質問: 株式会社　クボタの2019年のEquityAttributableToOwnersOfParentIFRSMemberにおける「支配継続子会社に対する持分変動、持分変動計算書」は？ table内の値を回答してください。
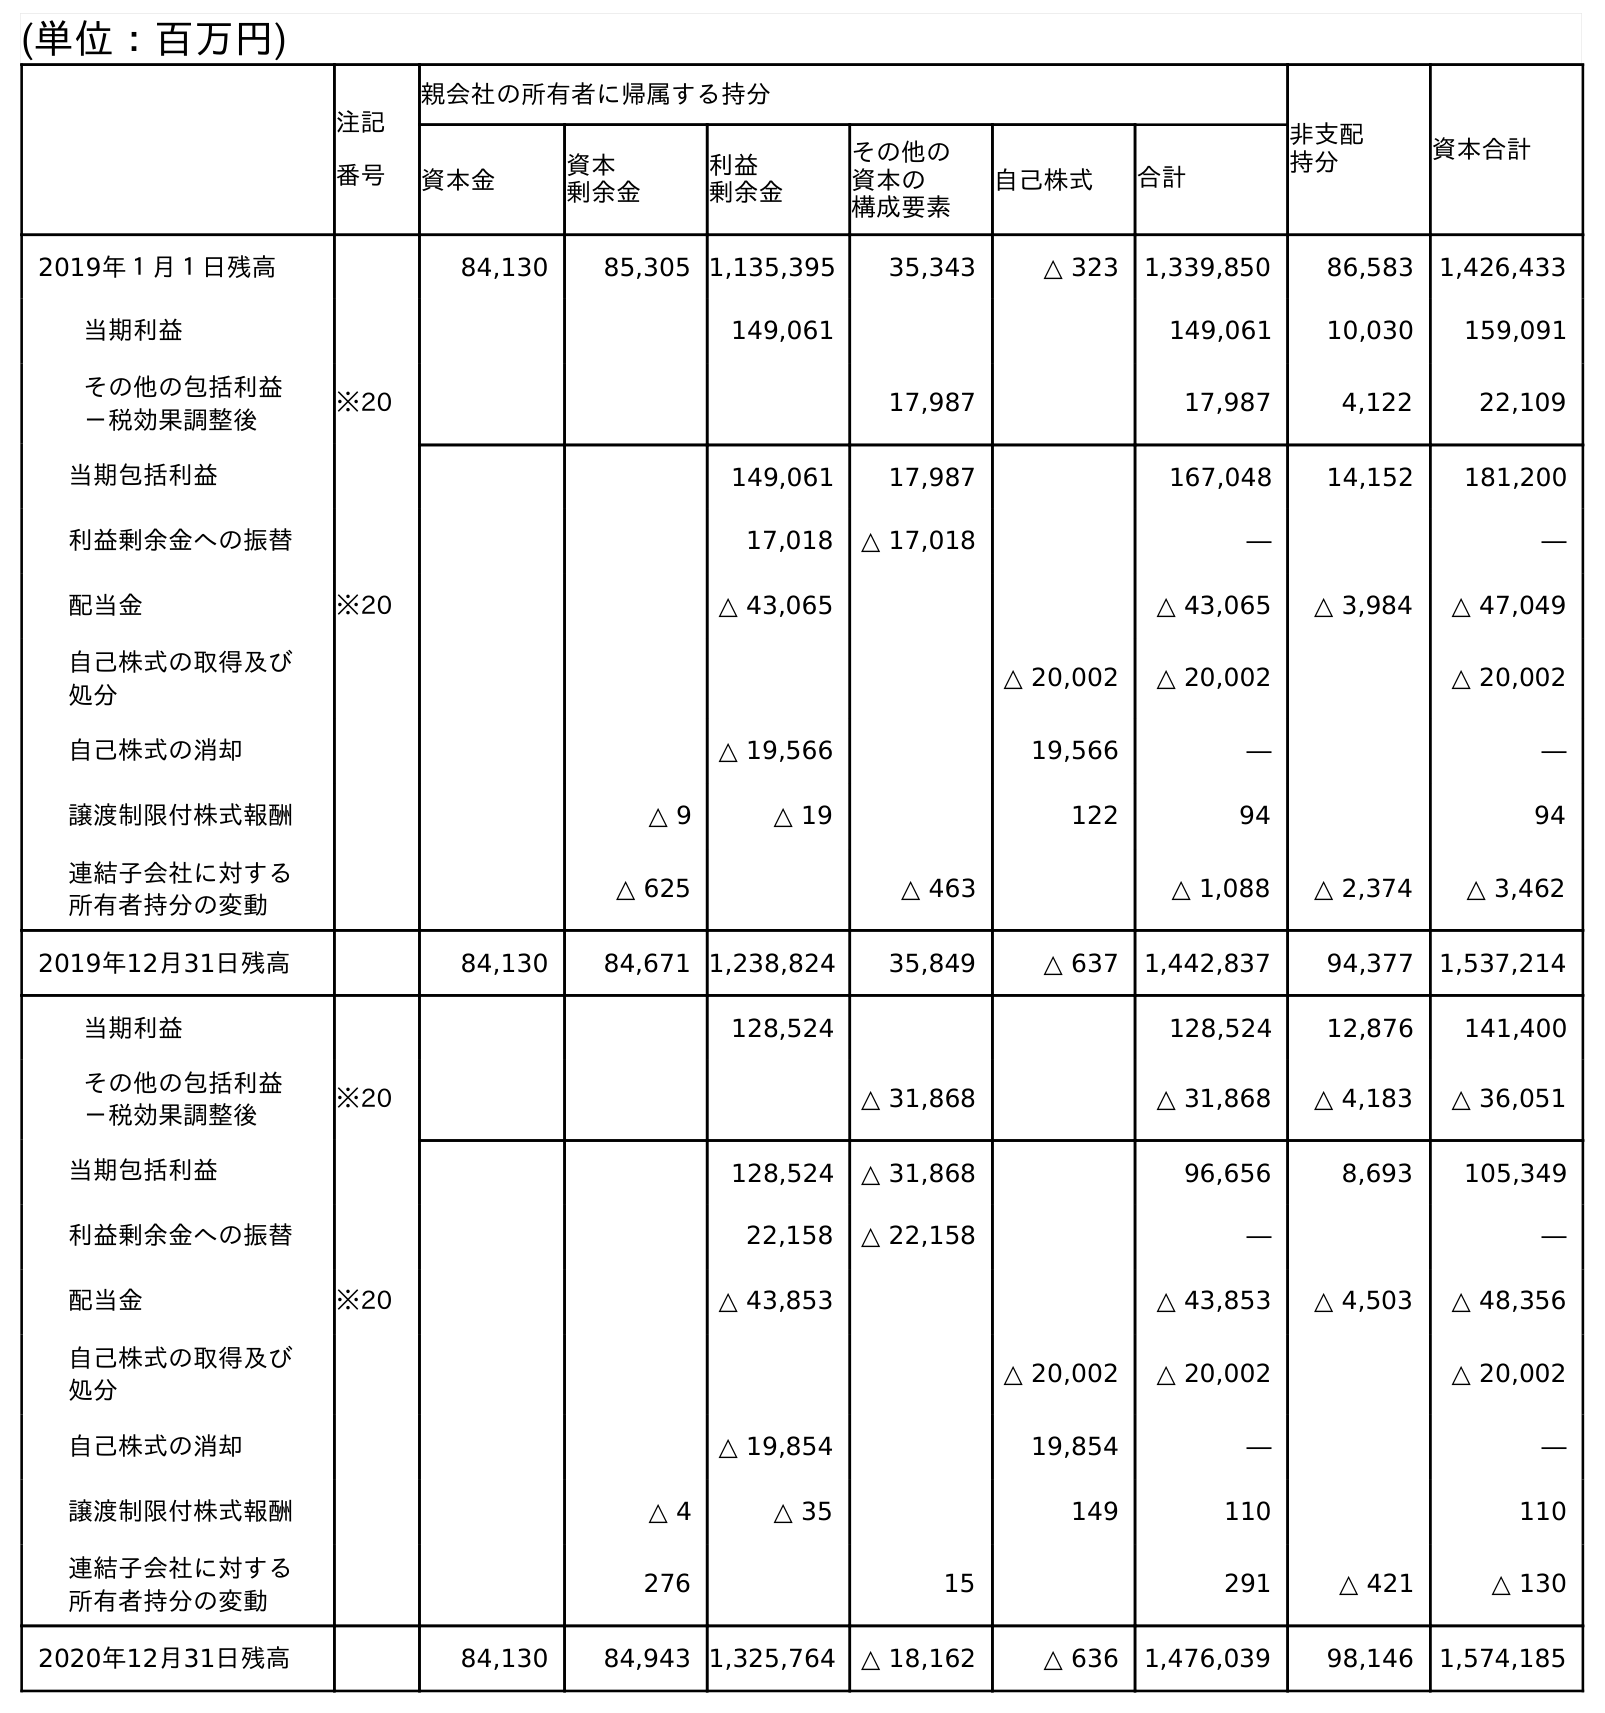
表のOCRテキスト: (単位：百万円) 注記 番号 親会社の所有者に帰属する持分 非支配 持分 資本合計 資本金 資本 剰余金 利益 剰余金 その他の 資本の 構成要素 自己株式 合計 2019年１月１日残高 84,130 85,305 1,135,395 35,343 △ 323 1,339,850 86,583 1,426,433 当期利益 149,061 149,061 10,030 159,091 その他の包括利益 －税効果調整後 ※20 17,987 17,987 4,122 22,109 当期包括利益 149,061 17,987 167,048 14,152 181,200 利益剰余金への振替 17,018 △ 17,018 ― ― 配当金 ※20 △ 43,065 △ 43,065 △ 3,984 △ 47,049 自己株式の取得及び 処分 △ 20,002 △ 20,002 △ 20,002 自己株式の消却 △ 19,566 19,566 ― ― 譲渡制限付株式報酬 △ 9 △ 19 122 94 94 連結子会社に対する 所有者持分の変動 △ 625 △ 463 △ 1,088 △ 2,374 △ 3,462 2019年12月31日残高 84,130 84,671 1,238,824 35,849 △ 637 1,442,837 94,377 1,537,214 当期利益 128,524 128,524 12,876 141,400 その他の包括利益 －税効果調整後 ※20 △ 31,868 △ 31,868 △ 4,183 △ 36,051 当期包括利益 128,524 △ 31,868 96,656 8,693 105,349 利益剰余金への振替 22,158 △ 22,158 ― ― 配当金 ※20 △ 43,853 △ 43,853 △ 4,503 △ 48,356 自己株式の取得及び 処分 △ 20,002 △ 20,002 △ 20,002 自己株式の消却 △ 19,854 19,854 ― ― 譲渡制限付株式報酬 △ 4 △ 35 149 110 110 連結子会社に対する 所有者持分の変動 276 15 291 △ 421 △ 130 2020年12月31日残高 84,130 84,943 1,325,764 △ 18,162 △ 636 1,476,039 98,146 1,574,185
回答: △1,088